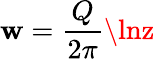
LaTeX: \mathbf{w}={\frac{{Q}}{{2\pi}}}\lnz